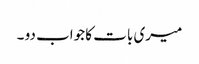
میری بات کا جواب دو ۔